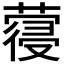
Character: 𮑈